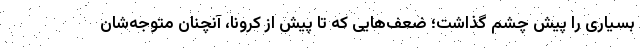
بسیاری را پیش چشم گذاشت؛ ضعف‌هایی که تا پیش از کرونا، آنچنان متوجه‌شان